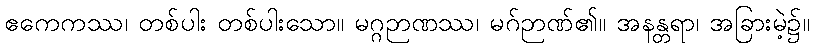
ဧကေကဿ၊ တစ်ပါး တစ်ပါးသော။ မဂ္ဂဉာဏဿ၊ မဂ်ဉာဏ်၏။ အနန္တရာ၊ အခြားမဲ့၌။